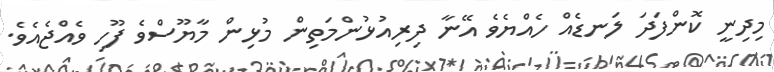
މިދިނީ ކޮންފަދަ ލަނޑެއް ހެއްޔެވެ އޭނާ ދިރިއުޅުންމަތިން މުޅިން މާޔޫސްވެ ފޫހި ވެއްޖެއެވެ.